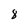
Character: 8